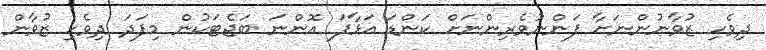
ދިވެހި ޒުވާނުންނަށާ ފަންނުވެރިންނަށް ކަންޑަ އަޅާފަ އޮންނަ ބަޖެޓަކުން މިފަދަ ދިވެހި ޒުވާން